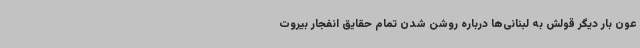
عون بار دیگر قولش به لبنانی‌ها درباره روشن شدن تمام حقایق انفجار بیروت